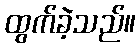
ထွက်ခဲ့သည်။